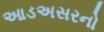
આડઅસરનો